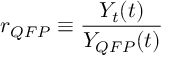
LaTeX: r _ { Q F P } \equiv \frac { Y _ { t } ( t ) } { Y _ { Q F P } ( t ) }